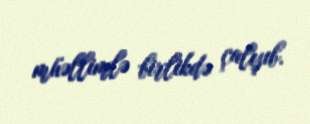
müəllimlə birlikdə çalışıb.